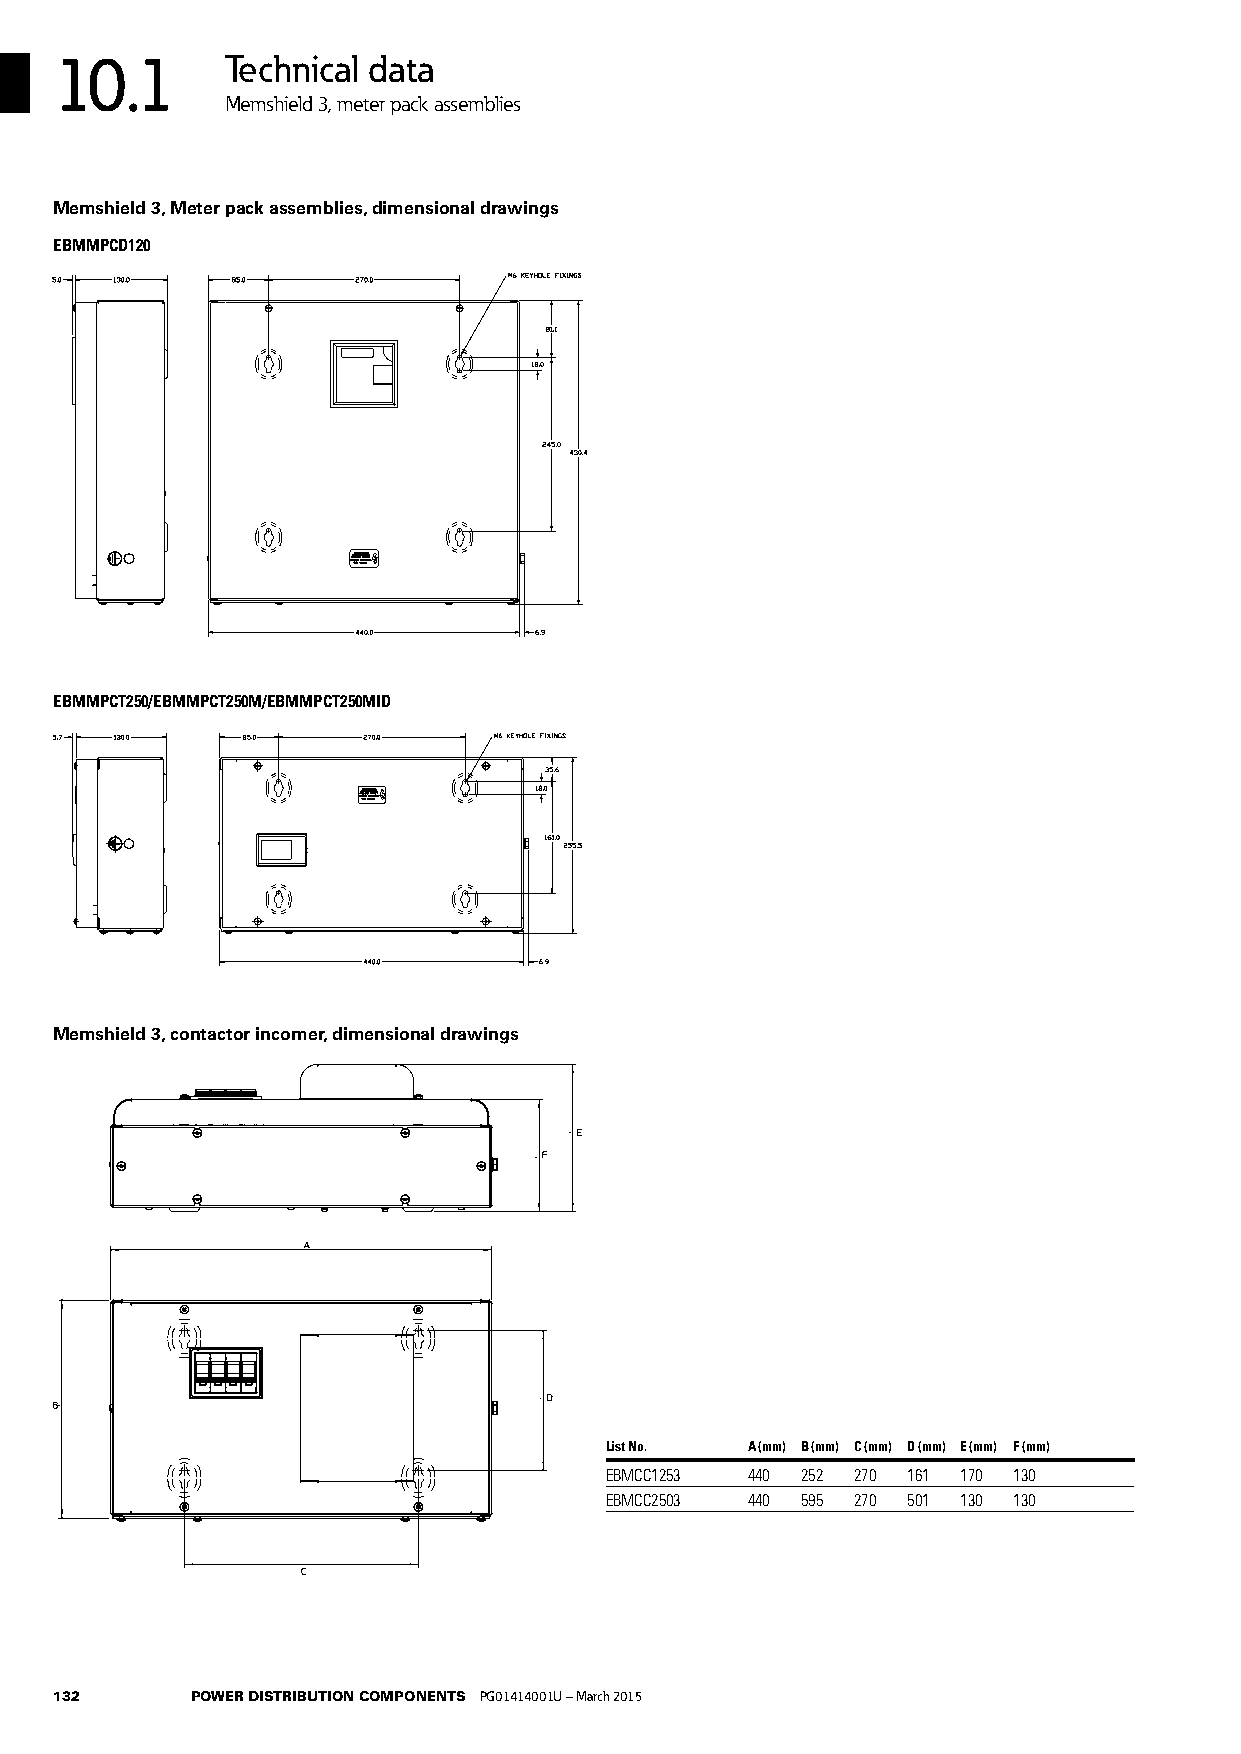
10.1       Technical data
 Memshield 3, meter pack assemblies
 Memshield 3, Meter pack assemblies, dimensional drawings
 EBMMPCD120
 EBMMPCT250/EBMMPCT250M/EBMMPCT250MID
 Memshield 3, contactor incomer, dimensional drawings
 List No. A (mm) B (mm) C (mm) D (mm) E (mm) F (mm)
 EBMCC1253 440 252 270 161 170 130
 EBMCC2503 440 595 270 501 130 130
 132      POWER DISTRIBUTION COMPONENTS PG01414001U – March 2015